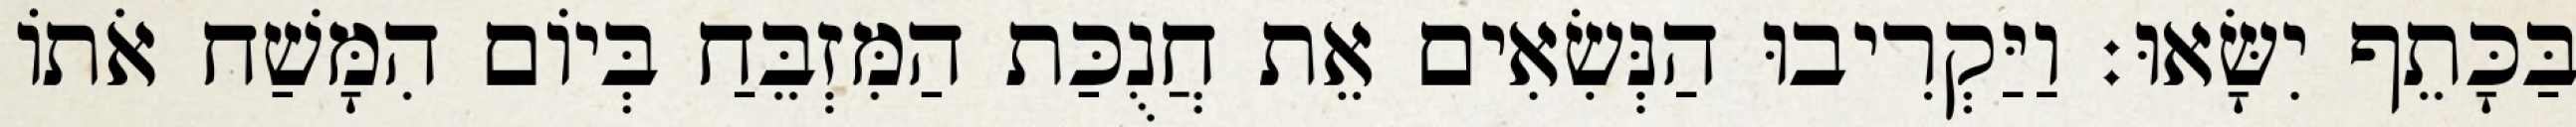
בַּכָּתֵף יִשָּׂאוּ׃ וַיַּקְרִיבוּ הַנְּשִׂאִים אֵת חֲנֻכַּת הַמִּזְבֵּחַ בְּיוֹם הִמָּשַׁח אֹתוֹ